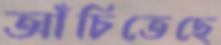
আঁচিতেছে